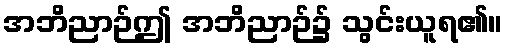
အဘိညာဉ်ဤ အဘိညာဉ်၌ သွင်းယူရ၏။